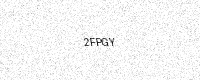
Text: 2FPGY